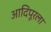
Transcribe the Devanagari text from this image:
आदिपूरला